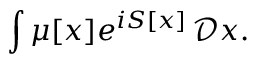
\int \mu [ x ] e ^ { i S [ x ] } \, { \mathcal { D } } x .